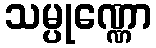
သမ္ပုဏ္ဏော